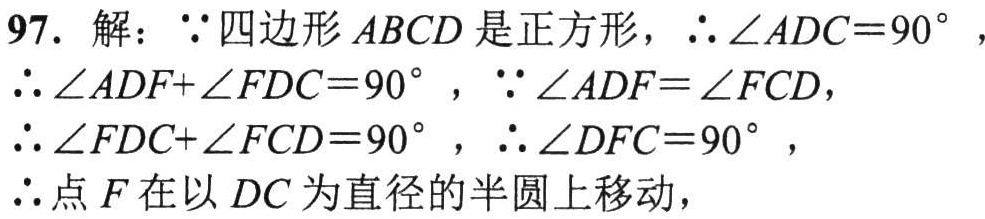
97. 解：\(\because\)四边形\(ABCD\)是正方形，\(\therefore\angle ADC = 90^{\circ}\)，
\(\therefore\angle ADF+\angle FDC = 90^{\circ}\)，\(\because\angle ADF=\angle FCD\)，
\(\therefore\angle FDC+\angle FCD = 90^{\circ}\)，\(\therefore\angle DFC = 90^{\circ}\)，
\(\therefore\)点\(F\)在以\(DC\)为直径的半圆上移动，